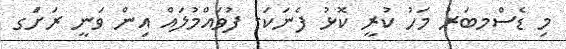
މި ޑެސްމބަރު މަހު ކުރީ ކޮޅު ފެނަކަ- ފުވައްމުލައް އިން ވަނީ ރަށުެގ